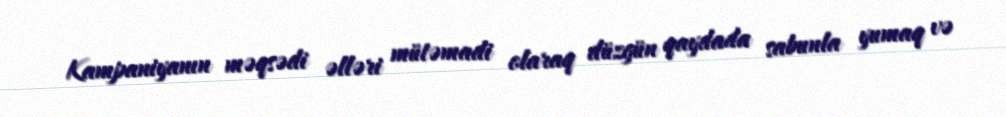
Kampaniyanın məqsədi əlləri mütəmadi olaraq düzgün qaydada sabunla yumaq və